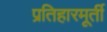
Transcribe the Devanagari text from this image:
प्रतिहारमूर्ती